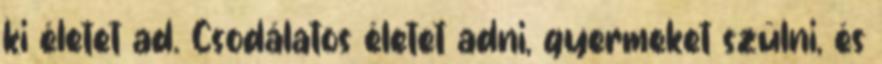
ki életet ad. Csodálatos életet adni, gyermeket szülni, és